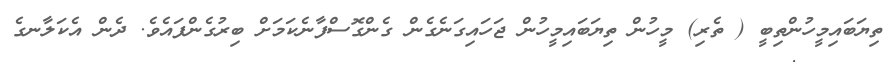
ތިޔަބައިމީހުންތިބީ ( ތެރި) މީހުން ތިޔަބައިމީހުން ޖަހައިގަނެގެން ގެންގޮސްފާނެކަމަށް ބިރުގެންފައެވެ. ދެން އެކަލާނގެ